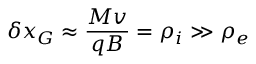
\delta x _ { G } \approx \frac { M v } { q B } = \rho _ { i } \gg \rho _ { e }